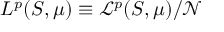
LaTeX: L ^ { p } ( S , \mu ) \equiv { \mathcal { L } } ^ { p } ( S , \mu ) / { \mathcal { N } }